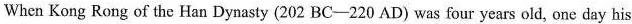
When Kong Rong of the Han Dynasty (202 BC——220 AD) was four years old, one day his